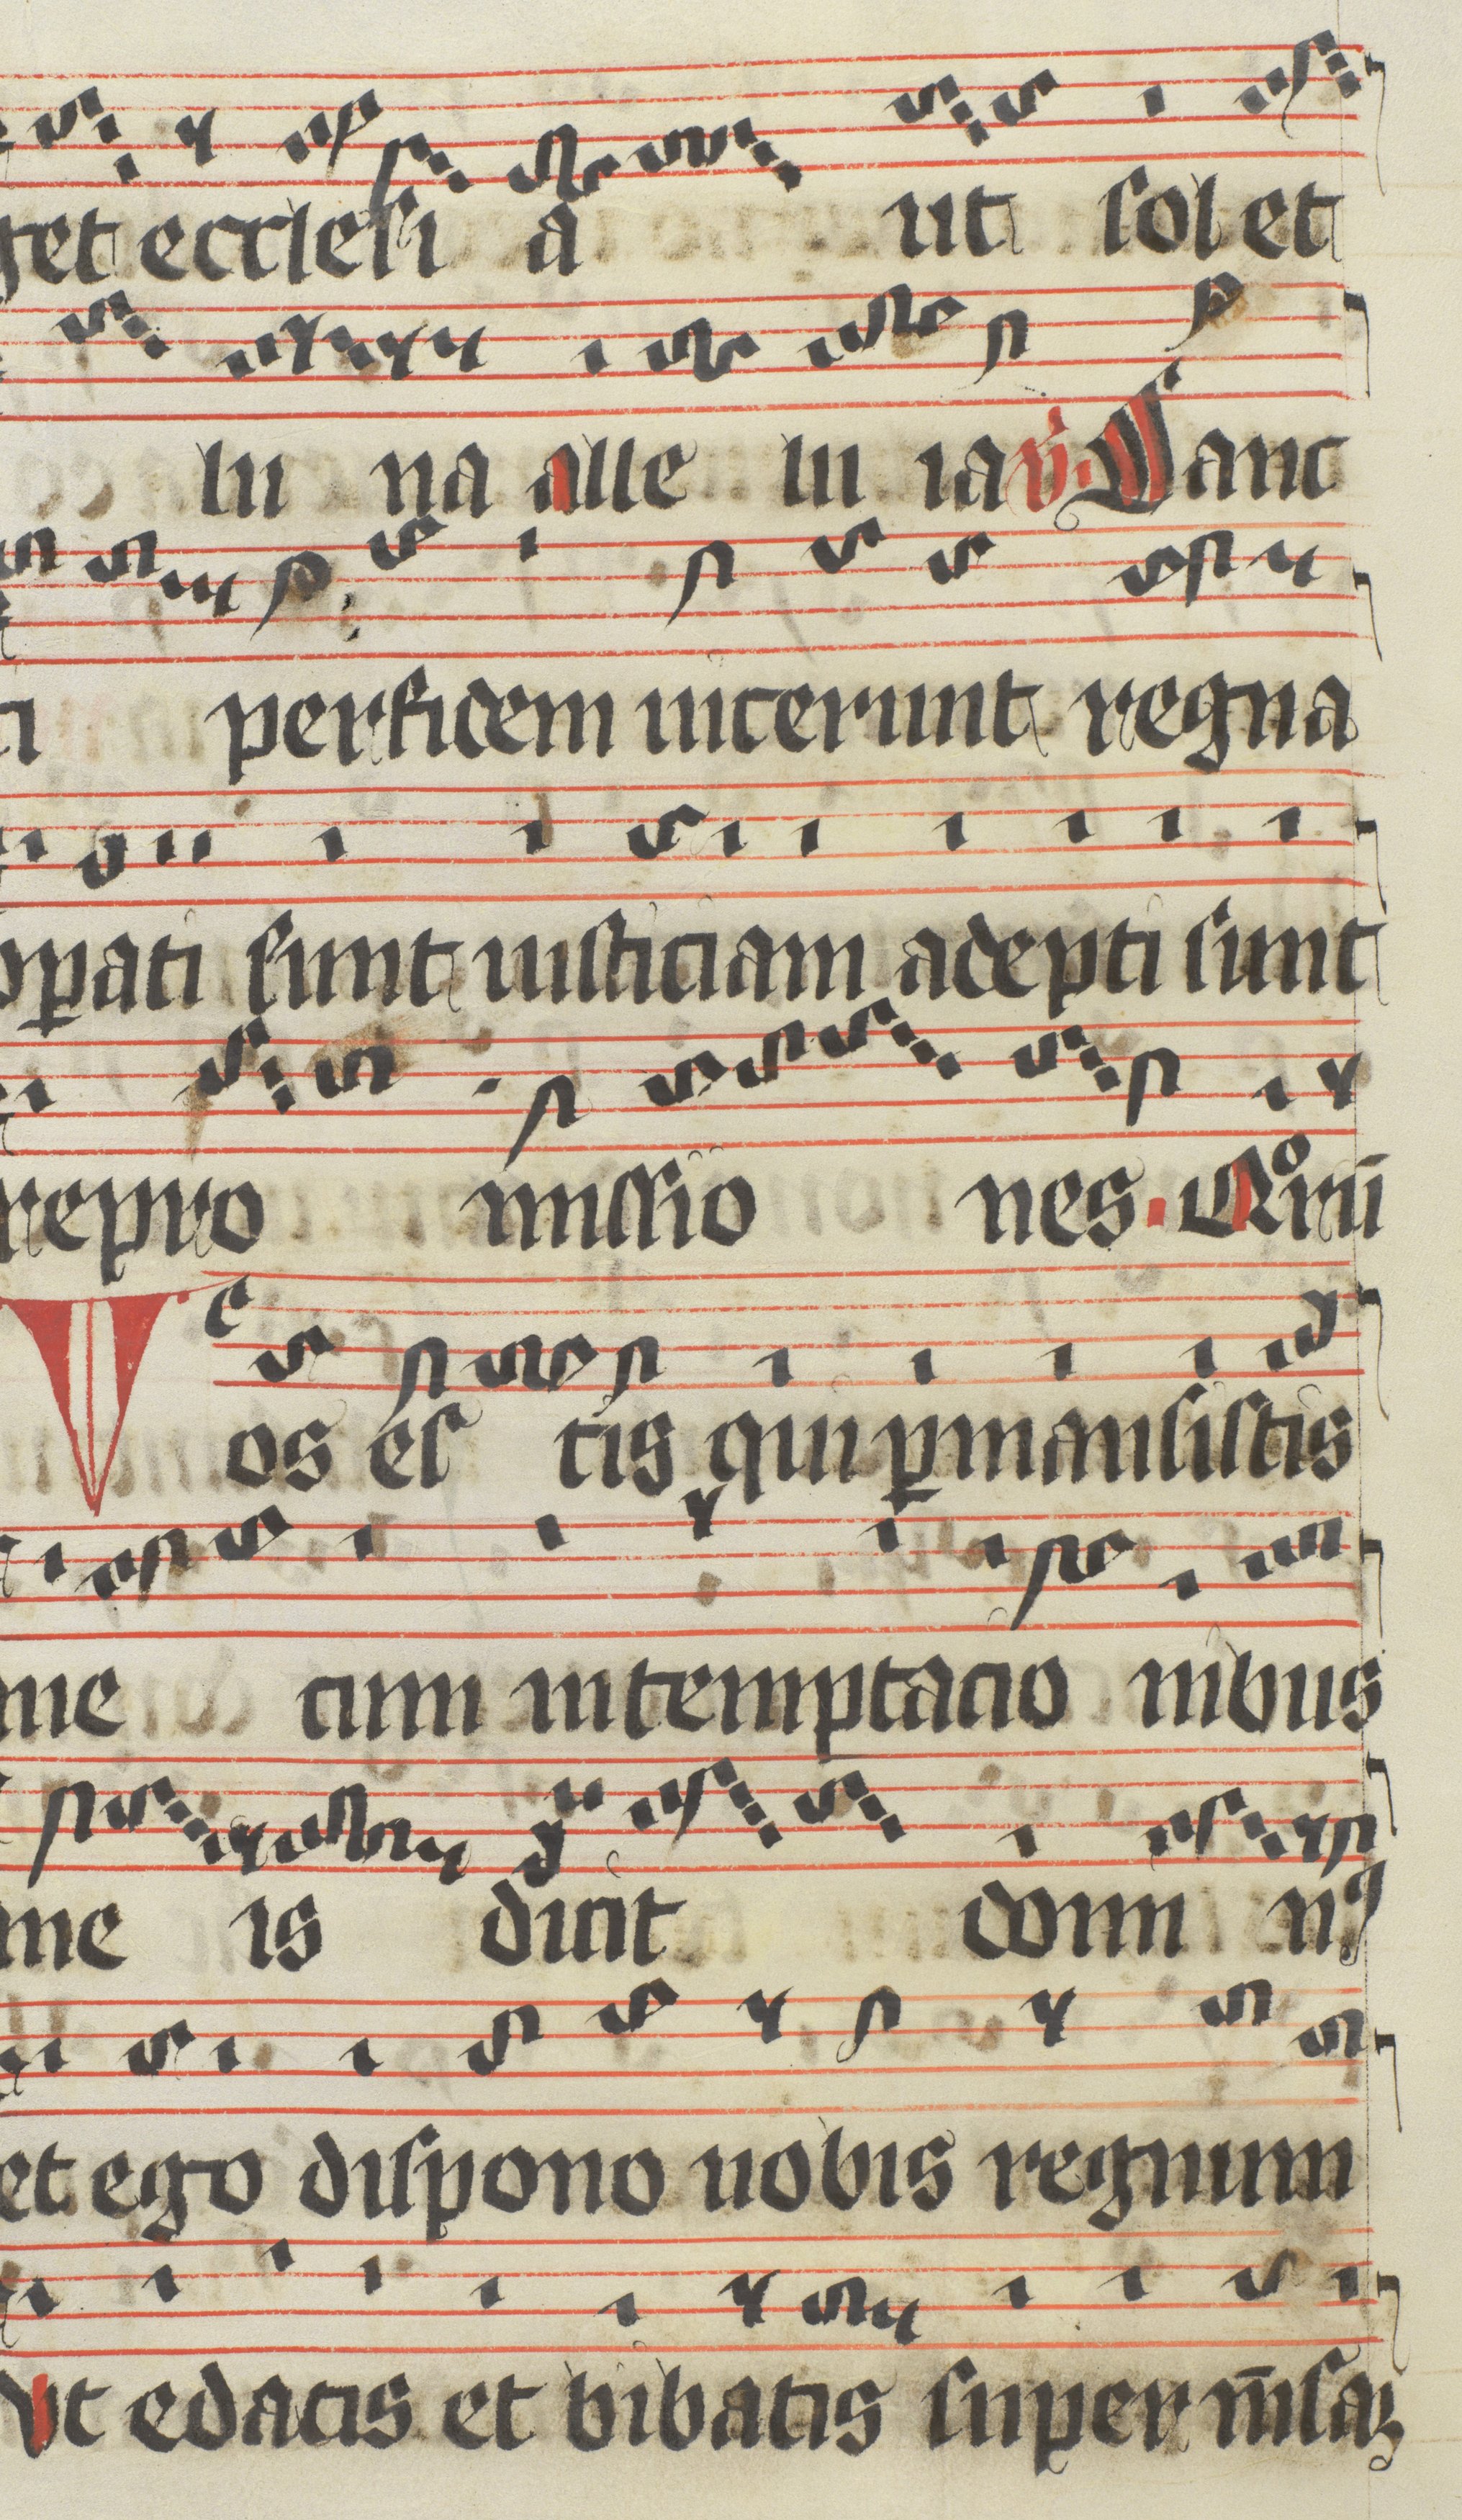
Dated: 1400–1499